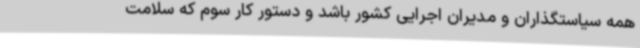
همه سیاستگذاران و مدیران اجرایی کشور باشد و دستور کار سوم که سلامت